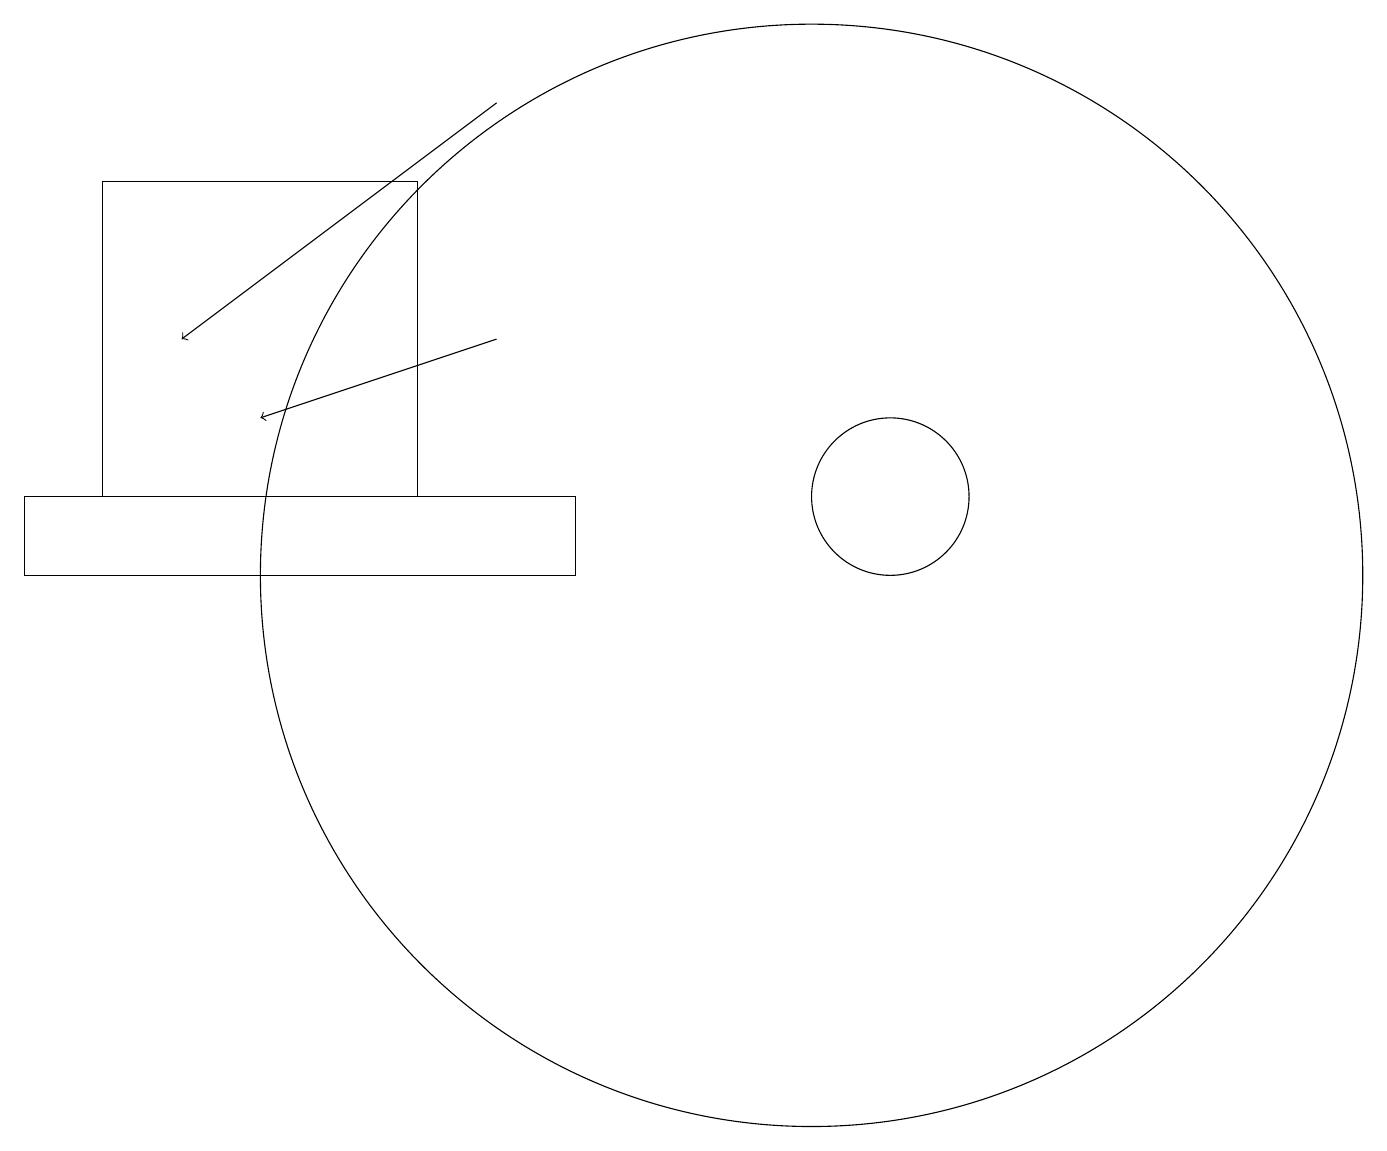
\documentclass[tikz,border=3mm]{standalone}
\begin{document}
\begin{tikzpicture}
\draw[->] (6,16) -- (2,13);
\draw (11,11) circle (1);
\draw (0,10) rectangle (7,11);
\draw (5,15) rectangle (1,11);
\draw (10,10) circle (7);
\draw[->] (6,13) -- (3,12);
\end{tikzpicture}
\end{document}